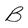
Character: B